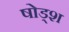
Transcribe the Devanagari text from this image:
षोड्श